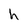
Character: h